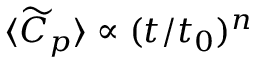
\langle \widetilde { C } _ { p } \rangle \propto ( t / t _ { 0 } ) ^ { n }